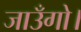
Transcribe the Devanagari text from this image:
जाउँगो।